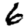
Digit: 6